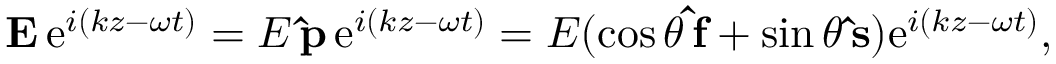
\mathbf { E } \, \mathrm { e } ^ { i ( k z - \omega t ) } = E \, \mathbf { \hat { p } } \, \mathrm { e } ^ { i ( k z - \omega t ) } = E ( \cos \theta \, \mathbf { \hat { f } } + \sin \theta \, \mathbf { \hat { s } } ) \mathrm { e } ^ { i ( k z - \omega t ) } ,